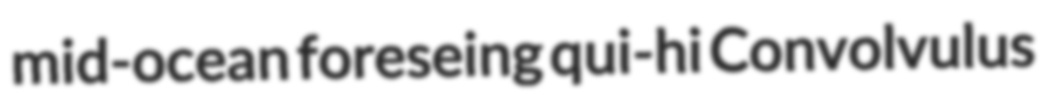
mid-ocean foreseing qui-hi Convolvulus